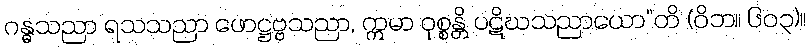
ဂန္ဓသညာ ရသသညာ ဖောဋ္ဌဗ္ဗသညာ, ဣမာ ဝုစ္စန္တိ ပဋိဃသညာယော”တိ (ဝိဘ။ ၆၀၃)။